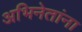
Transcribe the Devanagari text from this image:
अभिनेतांना